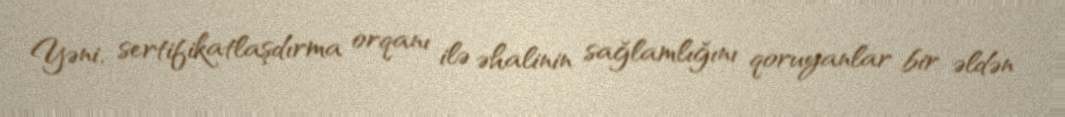
Yəni, sertifikatlaşdırma orqanı ilə əhalinin sağlamlığını qoruyanlar bir əldən